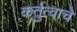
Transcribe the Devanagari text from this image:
कर्तुत्वाचे